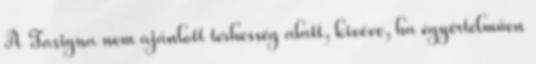
A Tasigna nem ajánlott terhesség alatt, kivéve, ha egyértelműen